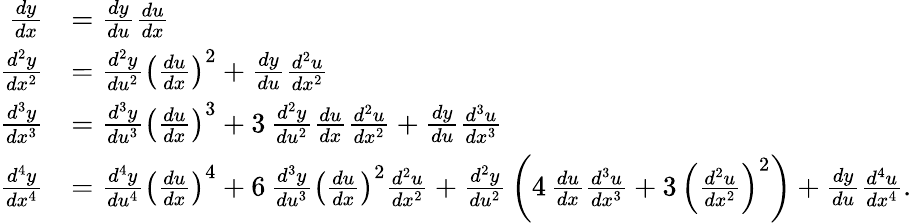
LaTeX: {\begin{array}{rl}{{\frac{dy}{dx}}}&{={\frac{dy}{du}}{\frac{du}{dx}}}\\ {{\frac{d^{2}y}{dx^{2}}}}&{={\frac{d^{2}y}{du^{2}}}\left({\frac{du}{dx}}\right)^{2}+{\frac{dy}{du}}{\frac{d^{2}u}{dx^{2}}}}\\ {{\frac{d^{3}y}{dx^{3}}}}&{={\frac{d^{3}y}{du^{3}}}\left({\frac{du}{dx}}\right)^{3}+3\, {\frac{d^{2}y}{du^{2}}}{\frac{du}{dx}}{\frac{d^{2}u}{dx^{2}}}+{\frac{dy}{du}}{\frac{d^{3}u}{dx^{3}}}}\\ {{\frac{d^{4}y}{dx^{4}}}}&{={\frac{d^{4}y}{du^{4}}}\left({\frac{du}{dx}}\right)^{4}+6\, {\frac{d^{3}y}{du^{3}}}\left({\frac{du}{dx}}\right)^{2}{\frac{d^{2}u}{dx^{2}}}+{\frac{d^{2}y}{du^{2}}}\left(4\, {\frac{du}{dx}}{\frac{d^{3}u}{dx^{3}}}+3\, \left({\frac{d^{2}u}{dx^{2}}}\right)^{2}\right)+{\frac{dy}{du}}{\frac{d^{4}u}{dx^{4}}}.}\end{array}}